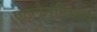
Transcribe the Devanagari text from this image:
एटलैनटिकस